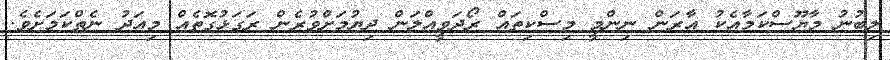
ލިބުނު މާޔޫސްކަމާއެކު އާރަން ނިންމީ މިސްކިތައް ރޯދަވީއްލަން ދިޔުމަށްވުރެން ރަގަޅުގޮތެއް މިއަދު ނެތްކަމަށެވެ.